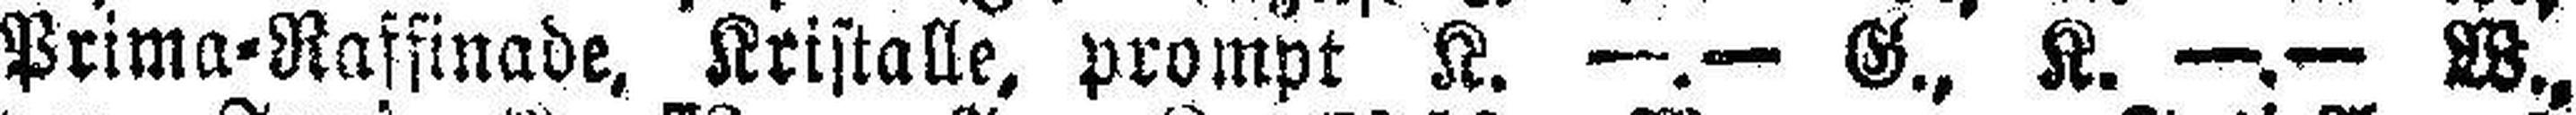
Prima=Raffinade, Kristalle, prompt K. —.— G., K. —.— W.,